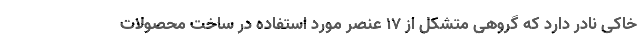
خاکی نادر دارد که گروهی متشکل از ۱۷ عنصر مورد استفاده در ساخت محصولات